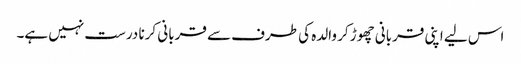
اس لیے اپنی قربانی چھوڑ کر والدہ کی طرف سے قربانی کرنا درست نہیں ہے۔